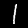
Digit: 1